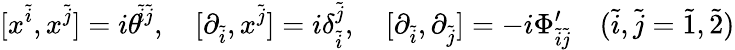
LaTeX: [x^{\tilde{i}},x^{\tilde{j}}]=i\theta^{\ \! \! \tilde{i}\tilde{j}},\quad[\partial_{\tilde{i}},x^{\tilde{j}}]=i\delta_{\tilde{i}}^{\tilde{j}},\quad[\partial_{\tilde{i}},\partial_{\tilde{j}}]=-i\Phi_{\tilde{i}\tilde{j}}^{\prime}\quad(\tilde{i},\tilde{j}=\tilde{1},\tilde{2})